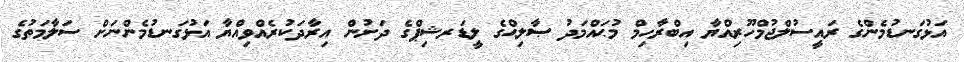
އަޅުގަނޑުމެންގެ ރައީސުލްޖުމްހޫރިއްޔާ އިބްރާހިމް މުޙައްމަދު ޞާލިޙްގެ ލީޑަރޝިޕްގެ ދަށުން އިރާދަކުރެއްވިއްޔާ އަޅުގަނޑުމެންނަށް ސަލާމަތުގެ